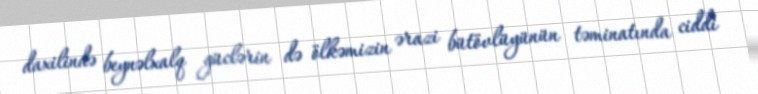
daxilində beynəlxalq güclərin də ölkəmizin ərazi bütövlüyünün təminatında ciddi